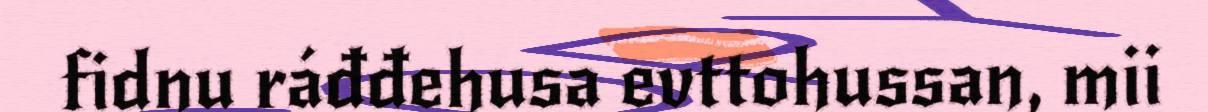
fidnu ráđđehusa evttohussan, mii